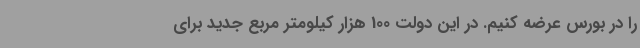
را در بورس عرضه کنیم. در این دولت 100 هزار کیلومتر مربع جدید برای